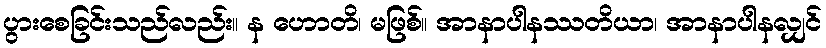
ပွားစေခြင်းသည်လည်း။ န ဟောတိ၊ မဖြစ်။ အာနာပါနဿတိယာ၊ အာနာပါနလျှင်